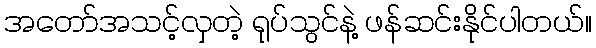
အတော်အသင့်လှတဲ့ ရုပ်သွင်နဲ့ ဖန်ဆင်းနိုင်ပါတယ်။